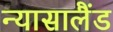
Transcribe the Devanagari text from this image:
न्यासालैंड